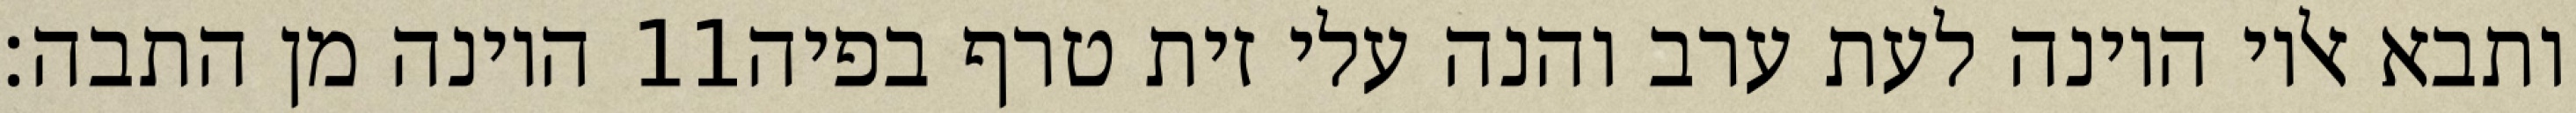
היונה מן התבה׃ ‎11‏ ותבא אליו היונה לעת ערב והנה עלי זית טרף בפיה